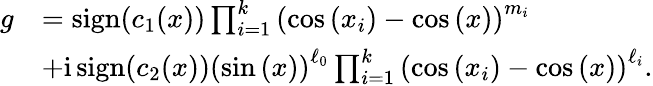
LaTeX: \begin{array}{rl}{g}&{=\operatorname{sign}(c_{1}(x))\prod_{i=1}^{k}\left(\cos{(x_{i})}-\cos{(x)}\right)^{m_{i}}}\\ &{+\mathrm{i}\operatorname{sign}(c_{2}(x))\left(\sin{(x)}\right)^{\ell_{0}}\prod_{i=1}^{k}\left(\cos{(x_{i})}-\cos{(x)}\right)^{\ell_{i}}.}\end{array}